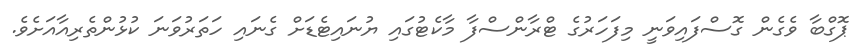
ޕޮގްބާ ވެގެން ގޮސްފައިވަނީ މިފަހަރުގެ ޓްރާންސްފާ މާކެޓުގައި ޔުނައިޓެޑަށް ގެނައި ހަތަރުވަނަ ކުޅުންތެރިއާއަށެވެ.